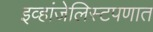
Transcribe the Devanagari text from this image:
इव्हांजेलिस्टपणात